Vaccination report Assam 1896-1927 - 1896-1927
Year: 1896
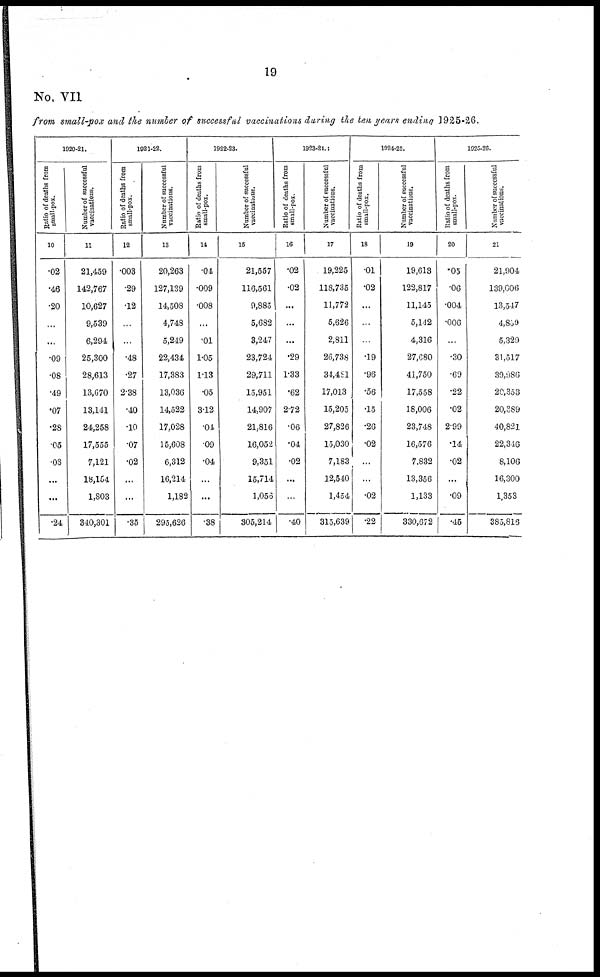
19
No. VII
from small-pox and the number of successful vaccinations during the ten years ending 1925-26.
1920-21.
Ratio of deaths from
small-pox.
10
.02
.46
.20
...
...
.09
.08
.49
.07
.28
.05
.08
...
...
.24
Number of successful
vaccinations.
11
21,459
142,767
10,627
9,539
6,294
25,300
28,613
13,670
13,141
24,258
17,555
7,121
18,154
1,803
340,301
1021-22.
Ratio of deaths from
small-pox.
12
.003
.29
.12
...
...
.48
.27
2.38
.40
.10
.07
.02
...
...
.35
Number of successful
vaccinations.
13
20,263
127,139
14,508
4,748
5,249
22,434
17,383
13,036
14,522
17,028
15,608
6,312
16,214
1,182
295,626
1922-23.
Ratio of deaths from
small-pox.
14
.04
.009
.008
...
.01
1.05
1.18
.05
3.12
.01
.09
.04
...
...
.38
Number of successful
vaccinations.
15
21,557
116,561
9,885
5,682
3,247
23,724
29,711
15,951
14,907
21,816
16,052
9,351
15,714
1,056
305,214
1923-24.
Ratio of deaths from
small-pox.
16
.02
.02
...
...
...
.29
1.33
.62
2.72
.06
.04
.02
...
...
.40
Number of successful
vaccinations.
17
19,225
118,735
11,772
5,626
2,811
26,738
34,481
17,013
15,205
27,826
15,030
7,183
12,540
1,454
315,639
1024-25.
Ratio of deaths from
small-pox.
18
.01
.02
...
...
...
.19
.96
.56
.15
.26
.02
...
...
.02
.22
Number of successful
vaccinations.
19
19,613
122,817
11,145
5,142
4,316
27,680
41,750
17,558
18,006
23,748
16,576
7,832
13,356
1,133
330,672
1925-26.
Ratio of deaths from
small-pox.
20
.05
.06
.004
.006
...
.30
.69
.22
.02
2.99
.14
.02
...
.09
.45
Number of successful
vaccinations.
21
21,904
139,006
13,547
4,809
5,329
31,517
39,986
20,353
20,389
40,821
22,346
8,106
16,300
1,353
385,816